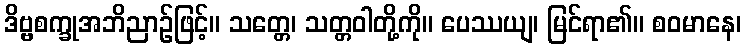
ဒိဗ္ဗစက္ခုအဘိညာဉ်ဖြင့်။ သတ္တေ၊ သတ္တဝါတို့ကို။ ပေဿယျ၊ မြင်ရာ၏။ စဝမာနေ၊